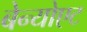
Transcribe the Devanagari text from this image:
बेन्योएट